Senior Leaving Certificate Examination (including Day School Certificate (Higher) General paper), 1947
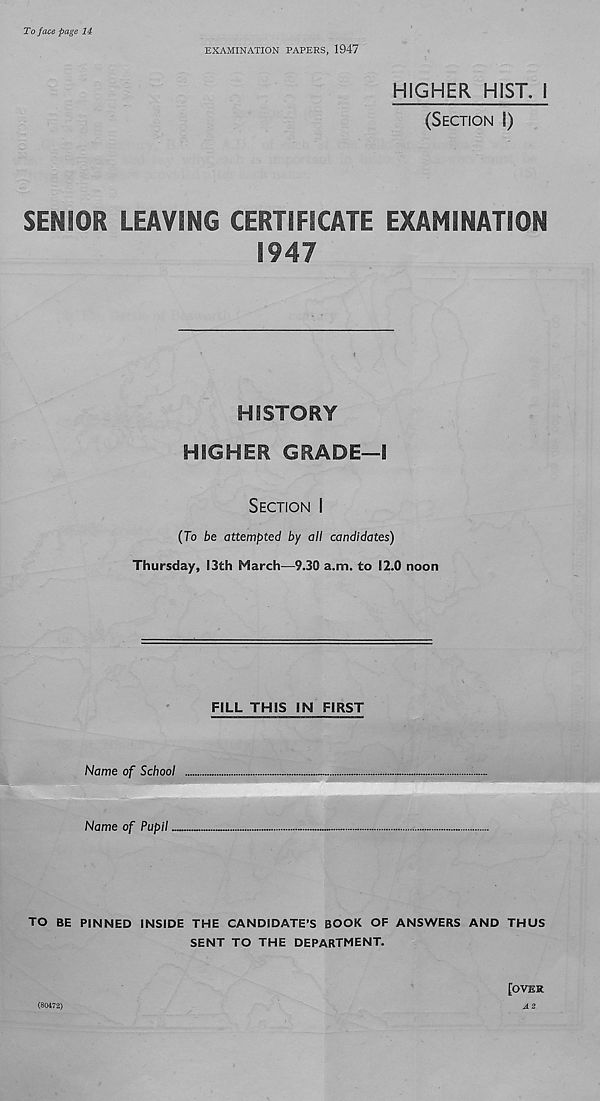
To face page
EXAMINATION PAPERS, 1947
HIGHER HIST. I
(SECTION I)
SENIOR LEAVING CERTIFICATE EXAMINATION
1947
HISTORY
HIGHER GRADE—I
SECTION I
(To be attempted by all candidates)
Thursday, 13th March—9.30 a.m. to 82.0 noon
FILL THIS IN FIRST
Name of School
Name of Pupil
TO BE PINNED INSIDE THE CANDIDATE’S BOOK OF ANSWERS AND THUS
SENT TO THE DEPARTMENT.
[OVER
(80472)
A2